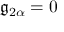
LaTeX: { \mathfrak { g } } _ { 2 \alpha } = 0